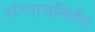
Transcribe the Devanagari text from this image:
संन्यासनिर्णय